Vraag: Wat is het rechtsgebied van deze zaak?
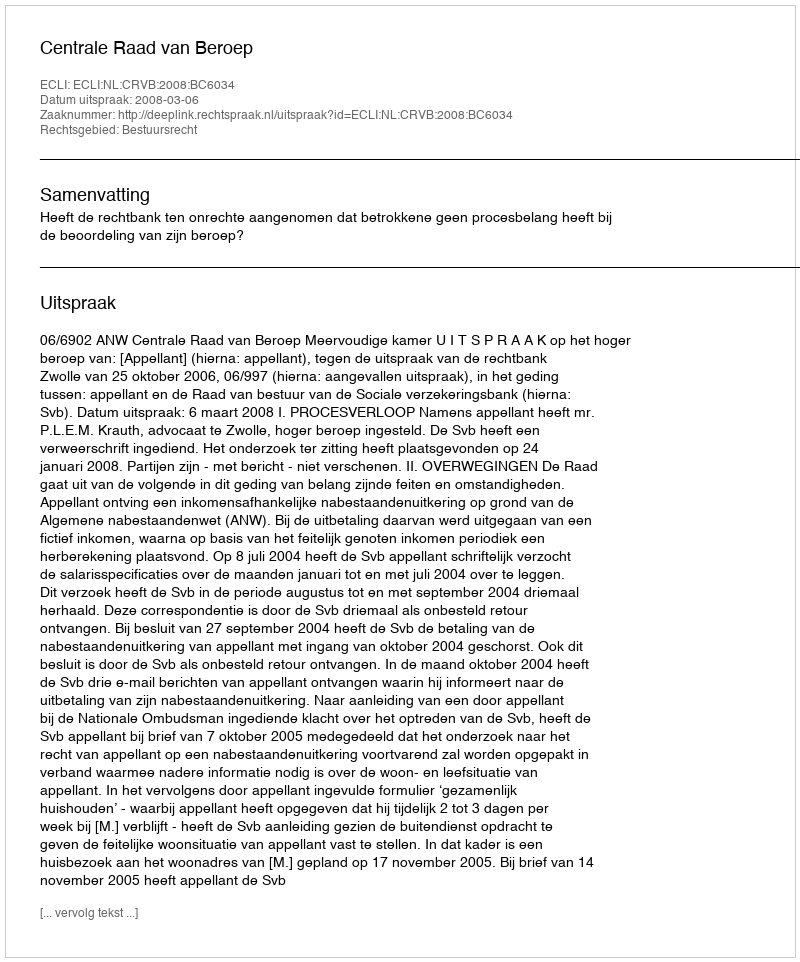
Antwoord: Bestuursrecht